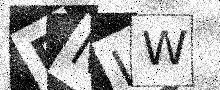
Text: DNIW